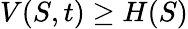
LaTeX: V(S,t)\geq H(S)